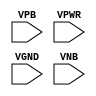
module sky130_fd_sc_hd__decap (
    //# {{power|Power}}
    input VPB ,
    input VPWR,
    input VGND,
    input VNB
);
endmodule